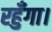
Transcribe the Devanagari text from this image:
रहुँगा।